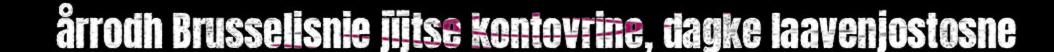
årrodh Brusselisnie jïjtse kontovrine, dagke laavenjostosne